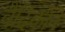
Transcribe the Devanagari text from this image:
वैदिकौंने